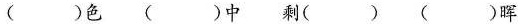
( )色 ( )中 剩( ) ( )晖